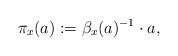
LaTeX: \begin{align*}\pi_x(a) := \beta_x(a)^{-1}\cdot a,\end{align*}